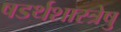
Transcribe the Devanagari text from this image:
षडर्थशास्त्रेषु